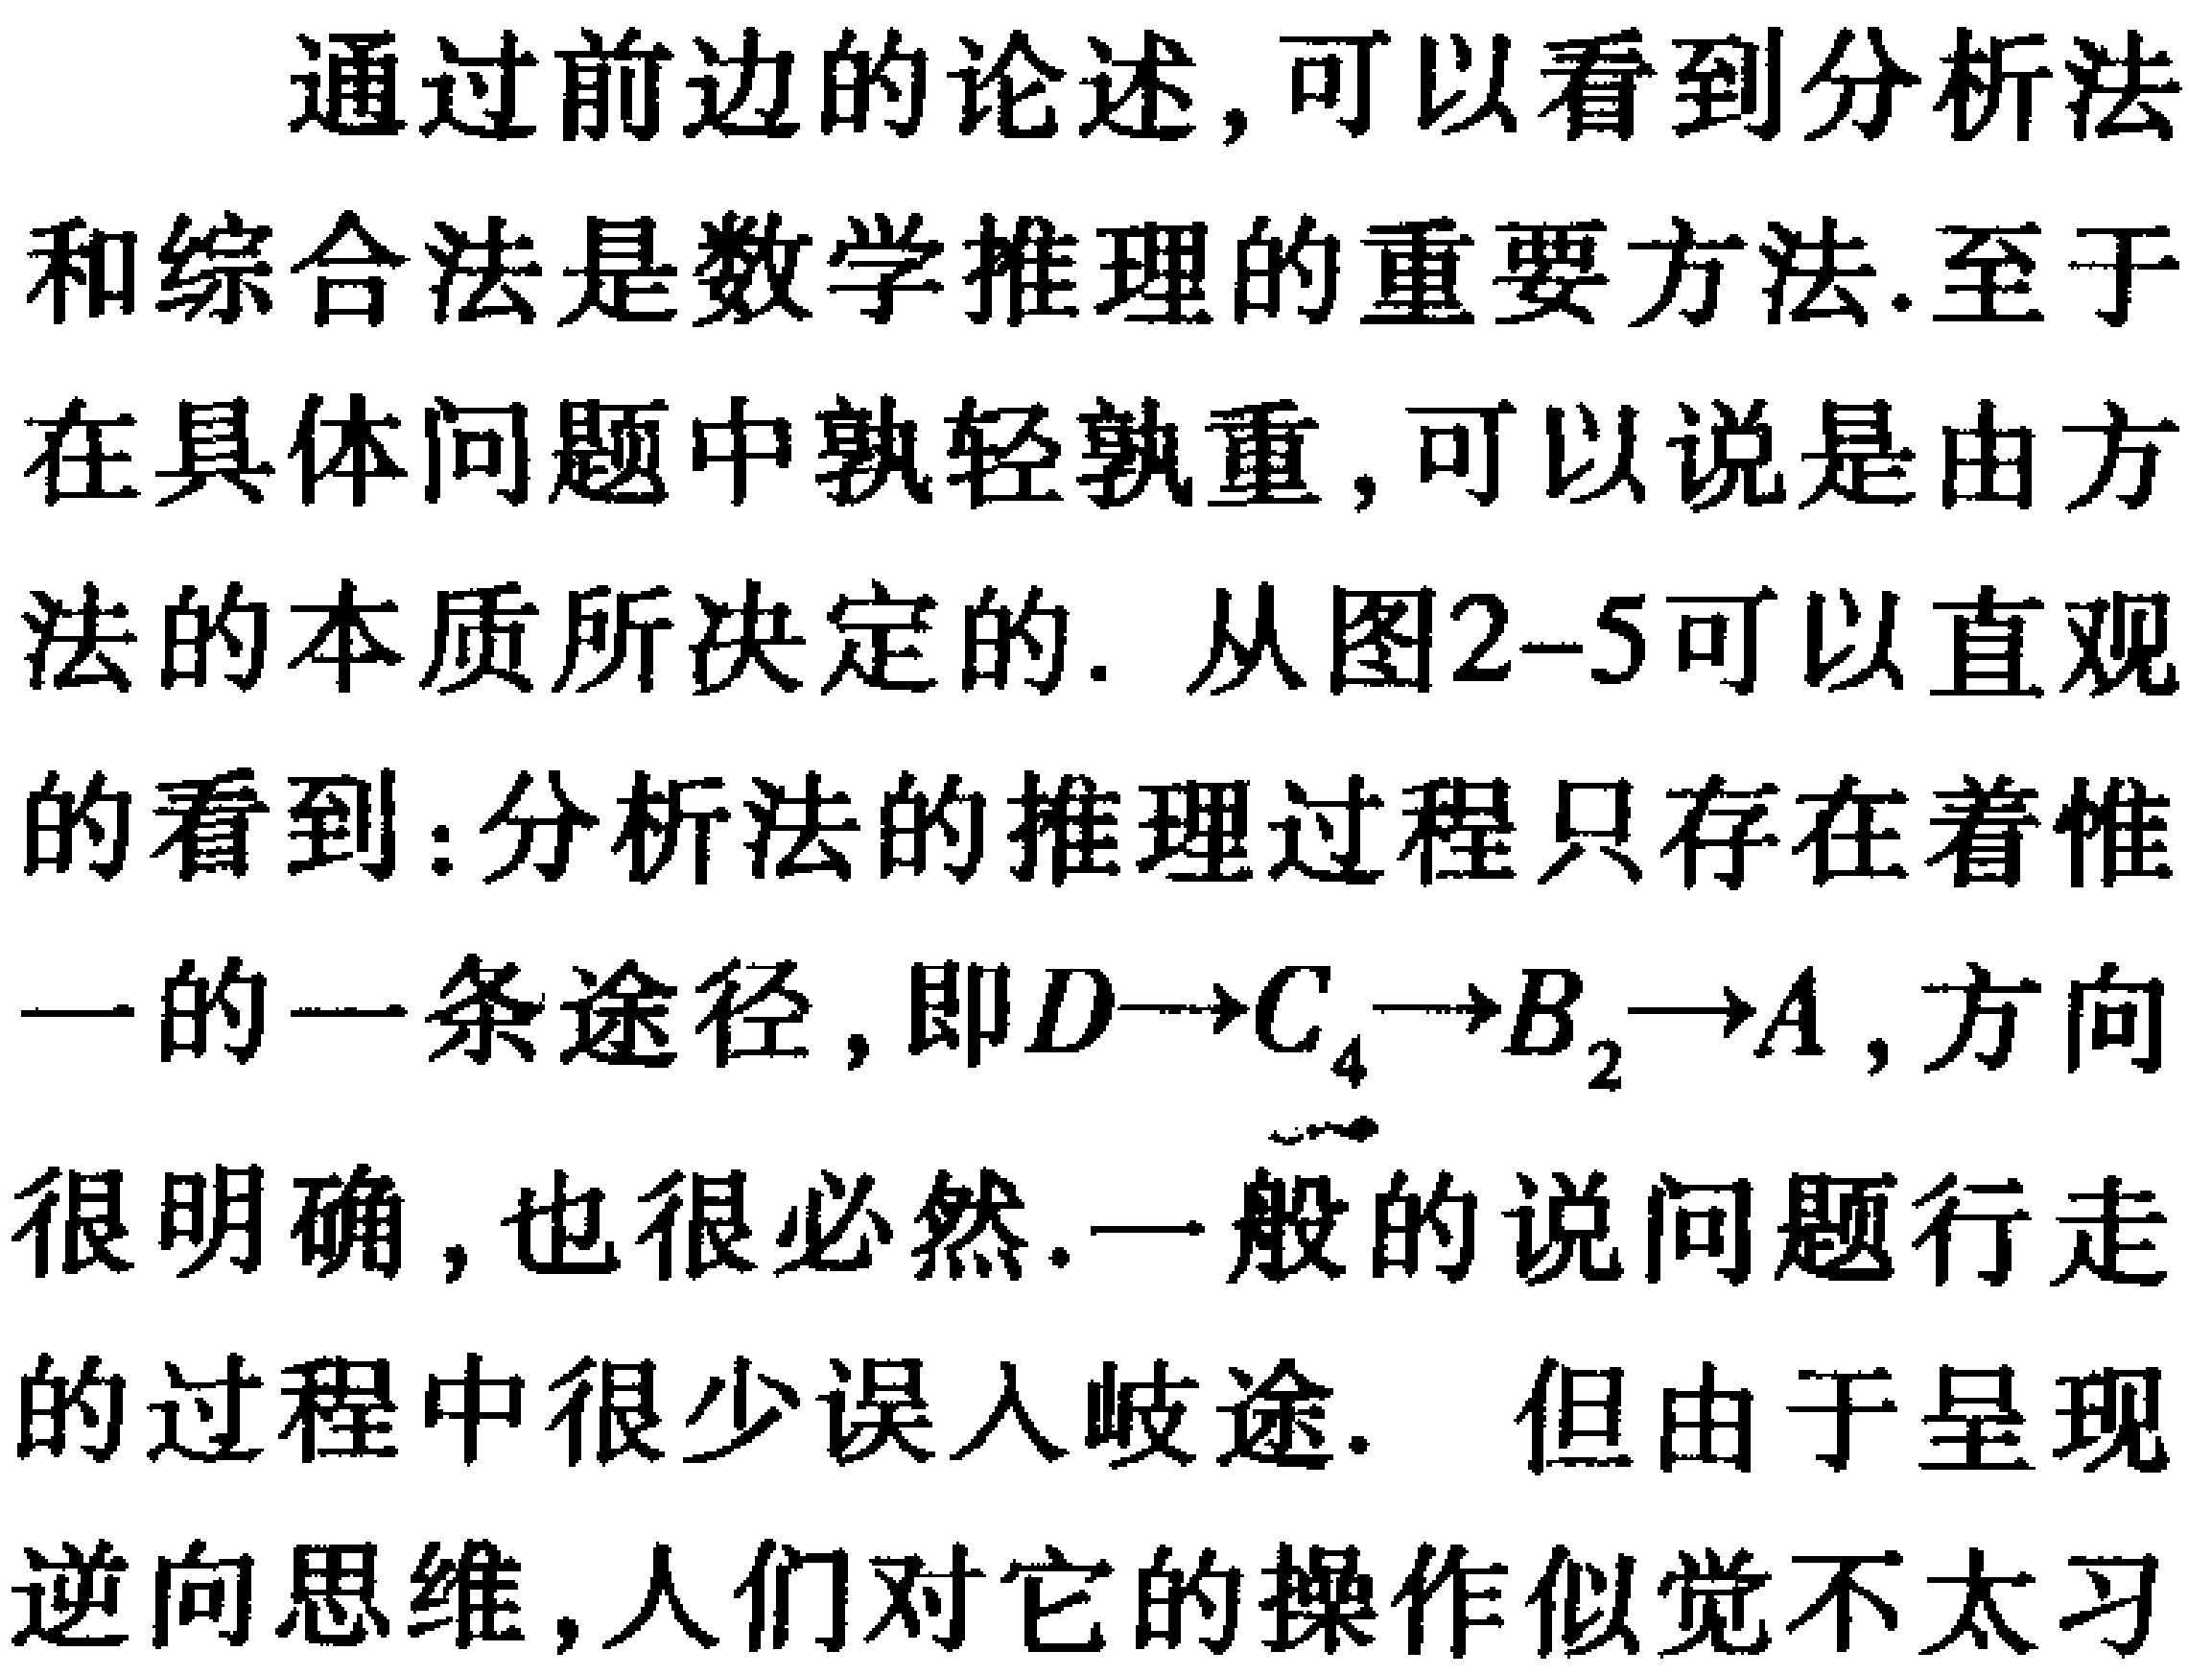
通过前边的论述,可以看到分析法和综合法是数学推理的重要方法.至于在具体问题中孰轻孰重,可以说是由方法的本质所决定的. 从图2-5可以直观的看到：分析法的推理过程只存在着惟一的一条途径,即\(D\rightarrow C_{4}\rightarrow B_{2}\rightarrow A\),方向很明确,也很必然.一般的说问题行走的过程中很少误入岐途. 但由于呈现逆向思维,人们对它的操作似觉不太习